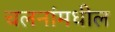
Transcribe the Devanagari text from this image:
चलनांमधील